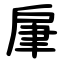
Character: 肁